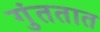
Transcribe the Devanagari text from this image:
गुंततात